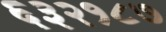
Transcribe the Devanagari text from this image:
६३२१८७